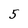
Character: 5